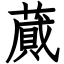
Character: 蕆